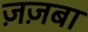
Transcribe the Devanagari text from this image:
ज़ज़बा